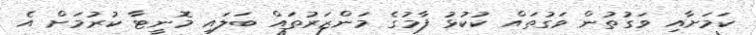
ކަމަށާއި ވަގުތުން ވަގުތައް ކުކުޅު ފާމުގެ މަންޒަރުތައް ބަލައި މޮނީޓާ ކުރުމަށް އެ